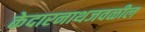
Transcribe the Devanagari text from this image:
केदारनाथजवळील